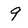
Character: 9